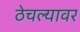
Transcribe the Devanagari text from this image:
ठेचल्यावर